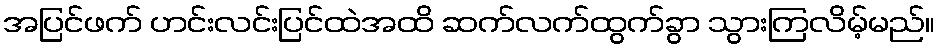
အပြင်ဖက် ဟင်းလင်းပြင်ထဲအထိ ဆက်လက်ထွက်ခွာ သွားကြလိမ့်မည်။